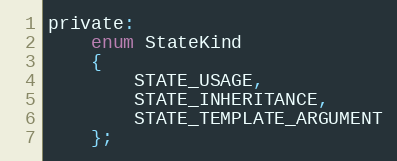
Language: C
private:
	enum StateKind
	{
		STATE_USAGE,
		STATE_INHERITANCE,
		STATE_TEMPLATE_ARGUMENT
	};